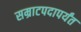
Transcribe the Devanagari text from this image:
सम्राटपदापर्यंत